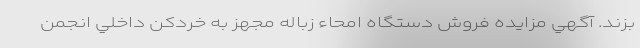
بزند. آگهي مزايده فروش دستگاه امحاء زباله مجهز به خردكن داخلي انجمن